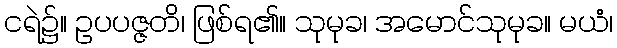
ငရဲ၌။ ဥပပဇ္ဇတိ၊ ဖြစ်ရ၏။ သုမုခ၊ အမောင်သုမုခ။ မယံ၊